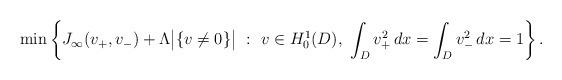
LaTeX: \begin{align*}\min\left\{J_\infty(v_+,v_-)+\Lambda\big|\{v\neq 0\}\big|\ :\ v\in H^1_0(D),\ \int_D v_+^2\,dx=\int_D v_-^2\,dx=1\right\}.\end{align*}